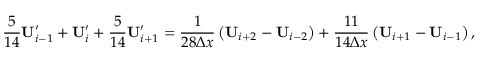
\frac { 5 } { 1 4 } \mathbf { U } _ { i - 1 } ^ { \prime } + \mathbf { U } _ { i } ^ { \prime } + \frac { 5 } { 1 4 } \mathbf { U } _ { i + 1 } ^ { \prime } = \frac { 1 } { 2 8 \Delta x } \left( \mathbf { U } _ { i + 2 } - \mathbf { U } _ { i - 2 } \right) + \frac { 1 1 } { 1 4 \Delta x } \left( \mathbf { U } _ { i + 1 } - \mathbf { U } _ { i - 1 } \right) ,